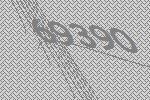
69390